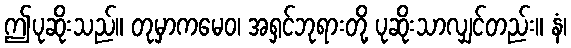
ဤပုဆိုးသည်။ တုမှာကမေဝ၊ အရှင်ဘုရားတို့ ပုဆိုးသာလျှင်တည်း။ နံ၊